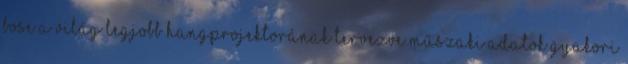
BOSE A VILÁG LEGJOBB HANGPROJEKTORÁNAK TERVEZVE Műszaki adatok Gyakori